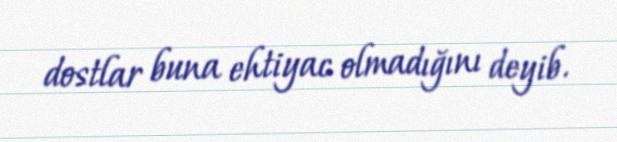
dostlar buna ehtiyac olmadığını deyib.